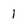
Character: 1